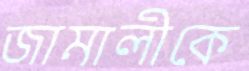
জামালীকে